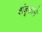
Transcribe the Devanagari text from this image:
शंबूकाने